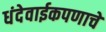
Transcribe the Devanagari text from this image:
धंदेवाईकपणाचे